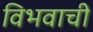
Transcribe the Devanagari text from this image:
विभवाची